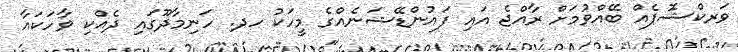
ވަރކްޝޮޕެއް ބޭއްވުމަށް ރާއްޖެ އައި ފައުންޑޭޝަނެއްގެ މީހަކު ހދ. ހަނިމާދޫގައި ދެއްކި ވާހަކައާ